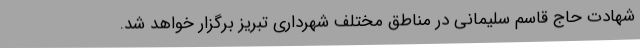
شهادت حاج قاسم سلیمانی در مناطق مختلف شهرداری تبریز برگزار خواهد شد.